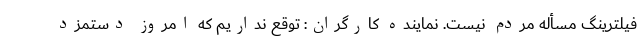
فیلترینگ مسأله مردم نیست. نماینده کارگران: توقع نداریم که امروز دستمزد